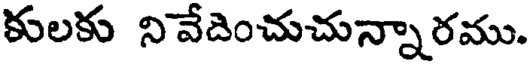
కులకు నివేదించుచున్నారము.